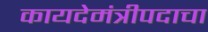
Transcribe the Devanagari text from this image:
कायदेमंत्रीपदाचा